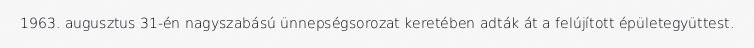
1963. augusztus 31-én nagyszabású ünnepségsorozat keretében adták át a felújított épületegyüttest.